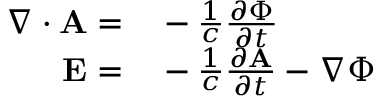
\begin{array} { r l } { \boldsymbol { \nabla } \cdot \mathbf { A } = } & { { } - \frac { 1 } { c } \frac { \partial \Phi } { \partial t } } \\ { \mathbf { E } = } & { { } - \frac { 1 } { c } \frac { \partial \mathbf { A } } { \partial t } - \boldsymbol { \nabla } \Phi } \end{array}